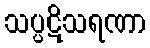
သပ္ပဋိသရဏာ